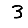
Digit: 3